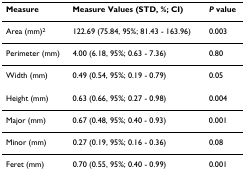
<table><thead><tr><td><b>Measure</b></td><td><b>Measure Values (STD, %; CI)</b></td><td><b><i>P </i>value</b></td></tr></thead><tbody><tr><td>Area (mm)<sup>2</sup></td><td>122.69 (75.84, 95%; 81.43 - 163.96)</td><td>0.003</td></tr><tr><td>Perimeter (mm)</td><td>4.00 (6.18, 95%; 0.63 - 7.36)</td><td>0.80</td></tr><tr><td>Width (mm)</td><td>0.49 (0.54, 95%; 0.19 - 0.79)</td><td>0.05</td></tr><tr><td>Height (mm)</td><td>0.63 (0.66, 95%; 0.27 - 0.98)</td><td>0.004</td></tr><tr><td>Major (mm)</td><td>0.67 (0.48, 95%; 0.40 - 0.93)</td><td>0.001</td></tr><tr><td>Minor (mm)</td><td>0.27 (0.19, 95%; 0.16 - 0.36)</td><td>0.08</td></tr><tr><td>Feret (mm)</td><td>0.70 (0.55, 95%; 0.40 - 0.99)</td><td>0.001</td></tr></tbody></table>